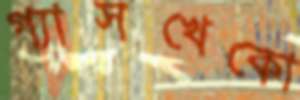
গ্যাসখেকো